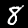
Label: 8